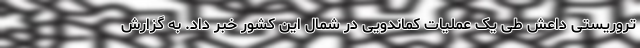
تروریستی داعش طی یک عملیات کماندویی در شمال این کشور خبر داد. به گزارش